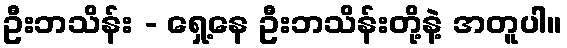
ဦးဘသိန်း - ရှေ့နေ ဦးဘသိန်းတို့နဲ့ အတူပါ။